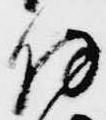
持